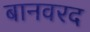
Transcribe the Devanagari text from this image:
बानवरद